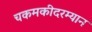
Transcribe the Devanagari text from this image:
चकमकीदरम्यान